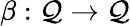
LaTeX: \beta:\mathcal{Q}\rightarrow\mathcal{Q}